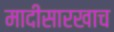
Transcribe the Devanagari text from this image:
मादीसारखाच